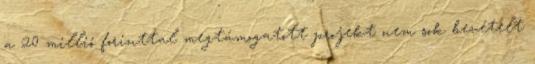
a 20 millió forinttal megtámogatott projekt nem sok bevételt